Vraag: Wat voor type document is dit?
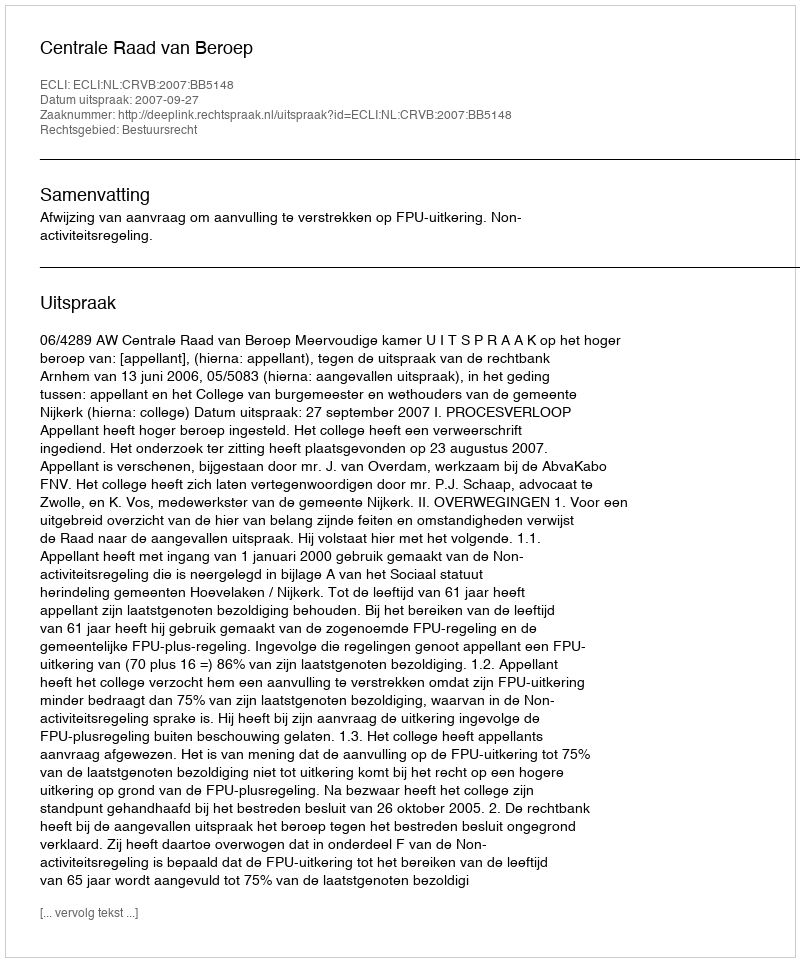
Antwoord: Uitspraak